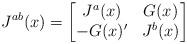
LaTeX: \begin{align*}J^{ab}(x) = \begin{bmatrix}J^a(x) & G(x) \\ -G(x)' & J^b(x) \end{bmatrix}\end{align*}